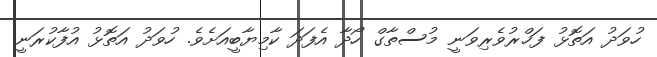
ހުވަދު އަތޮޅު ފަޚްރުވެރިވަނީ މުސްތާގް ހޯދާ އެފަދަ ކާމިޔާބީއަށެވެ. ހުވަދު އަތޮޅު އުފާކުރަނީ